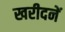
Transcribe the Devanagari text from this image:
खरीदनें